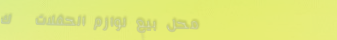
محل بيع لوازم الحفلات   ك